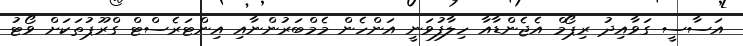
އަސާސީ ގަވާއިދު ރިޕޯމް އެޖެންޑާއާ ހިލާފުވަނީ އަންހެން މެމްބަރުންނާއި އިންޓަރެސްޓް ގްރޫޕުތަކަށް ވޯޓު